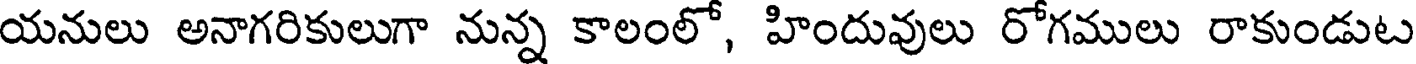
యనులు అనాగరికులుగా నున్న కాలంలో, హిందువులు రోగములు రాకుండుట